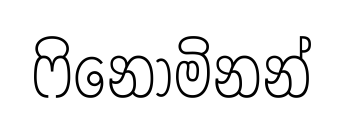
ෆිනෝමිනන්